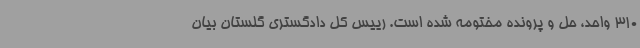
310 واحد، حل و پرونده مختومه شده است. رییس کل دادگستری گلستان بیان